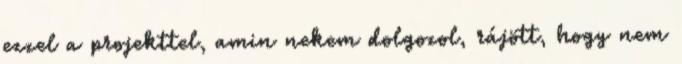
ezzel a projekttel, amin nekem dolgozol, rájött, hogy nem